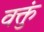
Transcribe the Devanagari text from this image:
वक्तुं